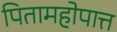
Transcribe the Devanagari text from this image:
पितामहोपात्त